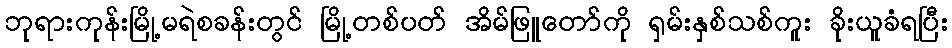
ဘုရားကုန်းမြို့မရဲစခန်းတွင် မြို့တစ်ပတ် အိမ်ဖြူတော်ကို ရှမ်းနှစ်သစ်ကူး ခိုးယူခံရပြီး